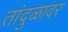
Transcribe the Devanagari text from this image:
तांदुळावर